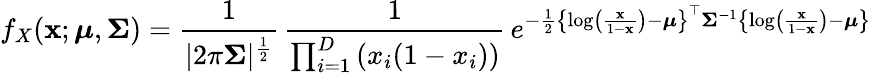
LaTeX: f_{X}(\mathbf{x};{\boldsymbol{\mu}},{\boldsymbol{\Sigma}})={\frac{1}{|2\pi{\boldsymbol{\Sigma}}|^{\frac{1}{2}}}}\, {\frac{1}{\prod_{i=1}^{D}\left(x_{i}(1-x_{i})\right)}}\, e^{-{\frac{1}{2}}\left\{ \log\left({\frac{\mathbf{x}}{1-\mathbf{x}}}\right)-{\boldsymbol{\mu}}\right\} ^{\top}{\boldsymbol{\Sigma}}^{-1}\left\{ \log\left({\frac{\mathbf{x}}{1-\mathbf{x}}}\right)-{\boldsymbol{\mu}}\right\} }